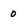
Character: 0